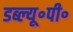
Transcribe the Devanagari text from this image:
डब्ल्यू॰पी॰